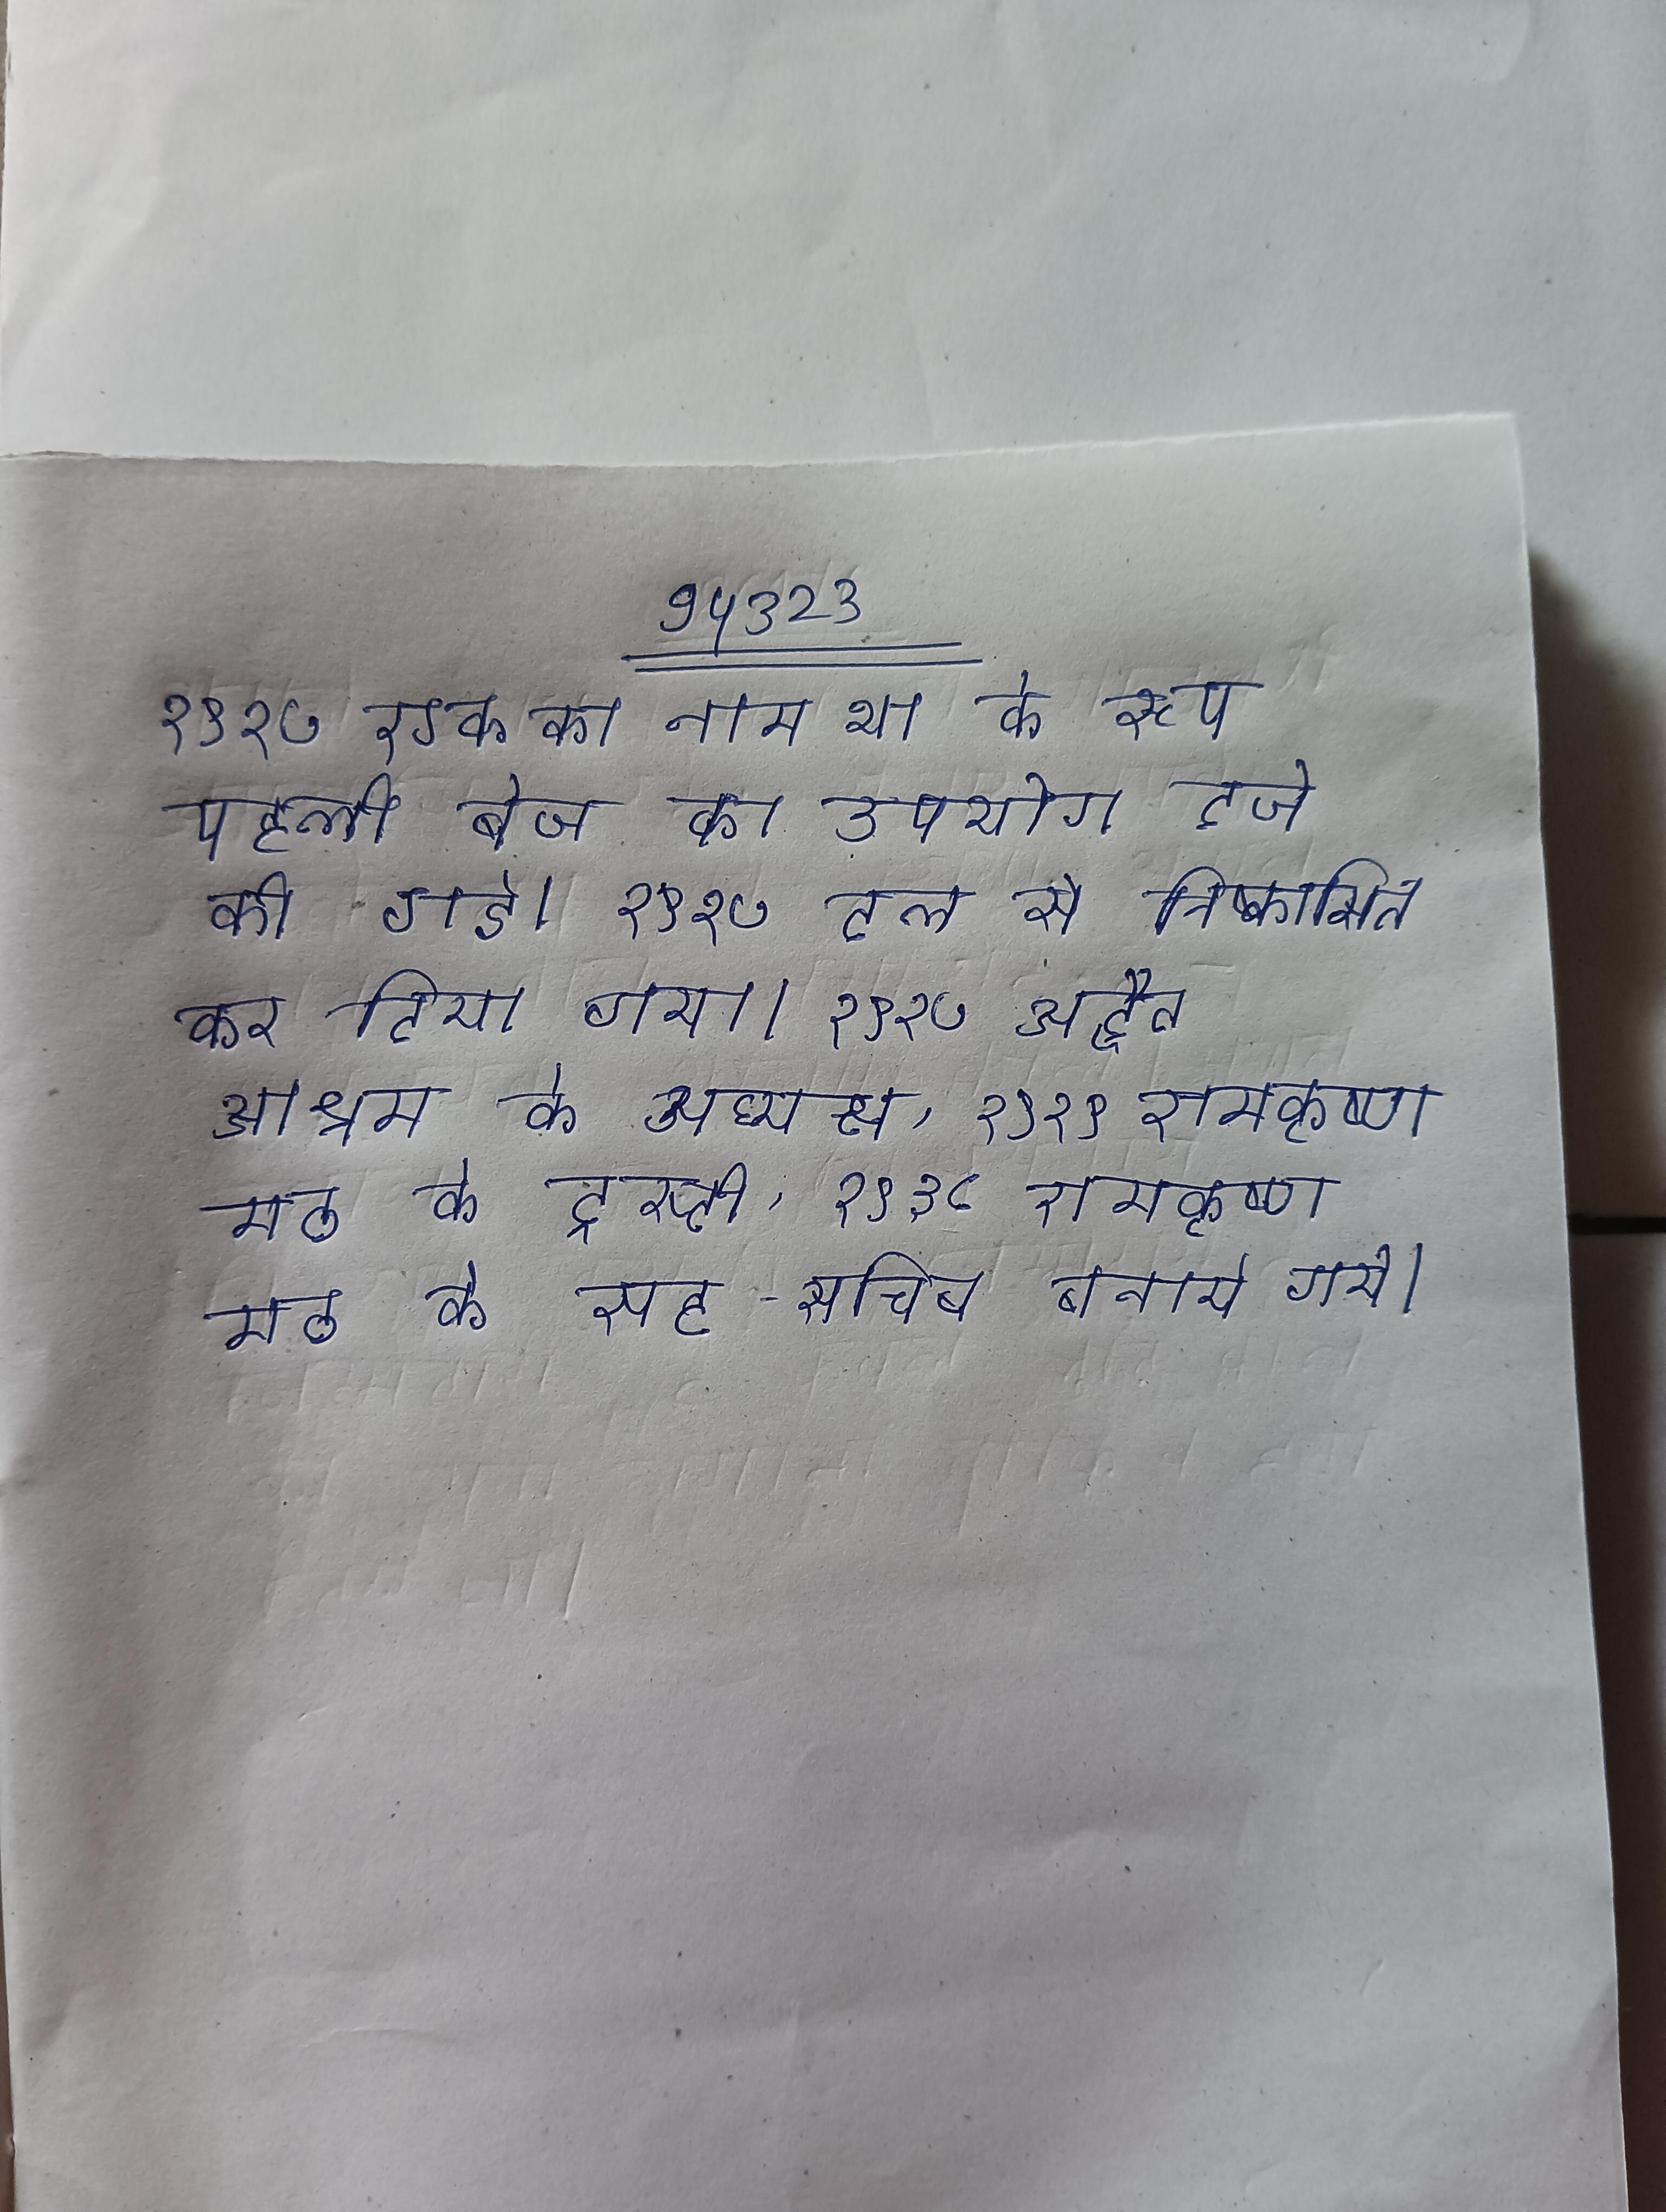
१९२७ एक का नाम था के रूप पहली बेज का उपयोग दर्ज की गई । १९२७ दल से निष्कासित कर दिया गया । १९२७ अद्वैत आश्रम के अध्यक्ष, १९२९ रामकृष्ण मठ के ट्रस्टी, १९३८ रामकृष्ण मठ के सह-सचिव बनाये गये ।